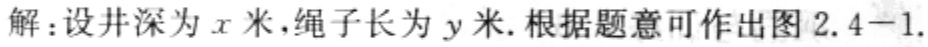
解：设井深为\(x\)米，绳子长为\(y\)米. 根据题意可作出图2.4 - 1.